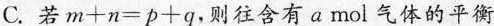
C.若$$m + n = p + q$$，则往含有a mol气体的平衡